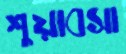
শুয়াবসা